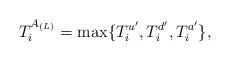
LaTeX: \begin{align*}T^{{A}_{(L)}}_{i}=\max\{T^{u'}_{i}, T^{d'}_{i}, T^{a'}_{i}\},\end{align*}